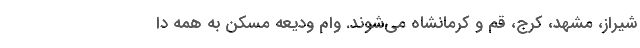
شیراز، مشهد، کرج، قم و کرمانشاه می‌شوند. وام ودیعه مسکن به همه دا